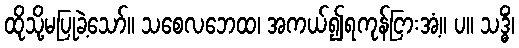
ထိုသို့မပြုခဲ့သော်။ သစေလဘေထ၊ အကယ်၍ရကုန်ငြားအံ့။ ပ။ သဒ္ဓိံ၊